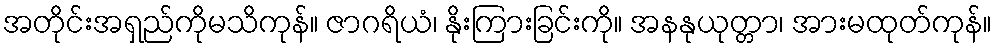
အတိုင်းအရှည်ကိုမသိကုန်။ ဇာဂရိယံ၊ နိုးကြားခြင်းကို။ အနနုယုတ္တာ၊ အားမထုတ်ကုန်။